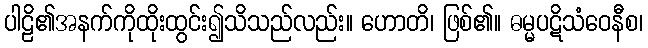
ပါဠိ၏အနက်ကိုထိုးထွင်း၍သိသည်လည်း။ ဟောတိ၊ ဖြစ်၏။ ဓမ္မပဋိသံဝေနီစ၊